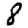
Digit: 8